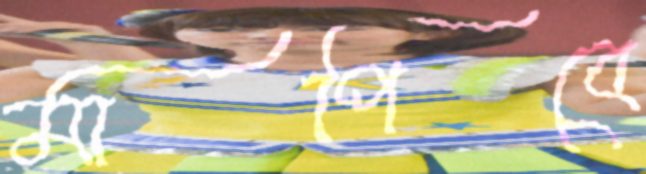
মাপিবে